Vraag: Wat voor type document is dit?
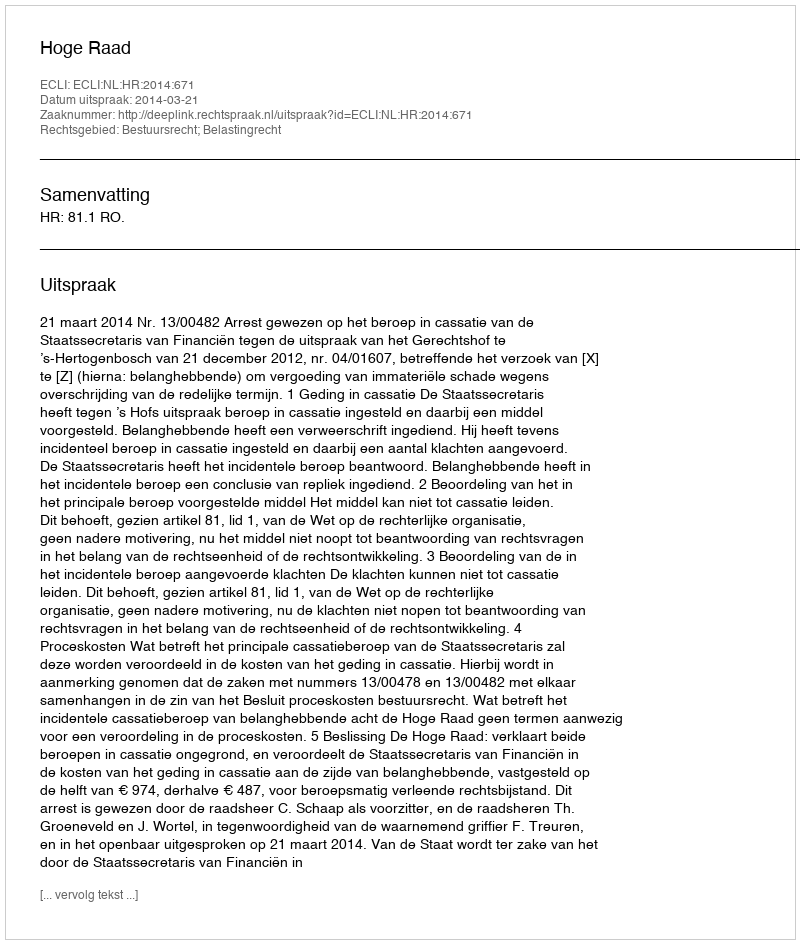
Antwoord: Uitspraak